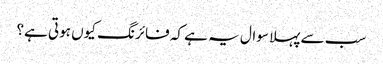
سب سے پہلا سوال یہ ہے کہ فائرنگ کیوں ہوتی ہے؟